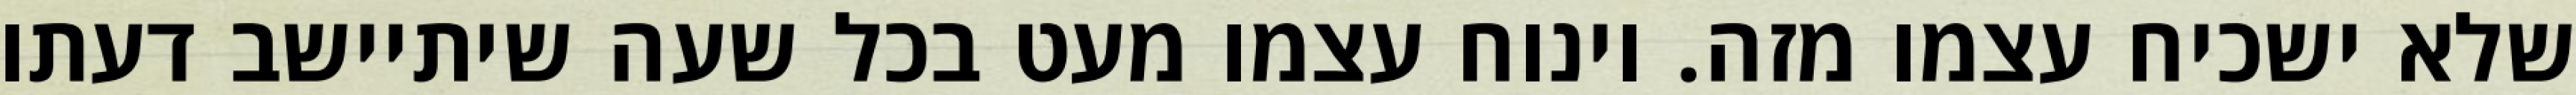
שלא ישכיח עצמו מזה. וינוח עצמו מעט בכל שעה שיתיישב דעתו